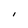
Character: I